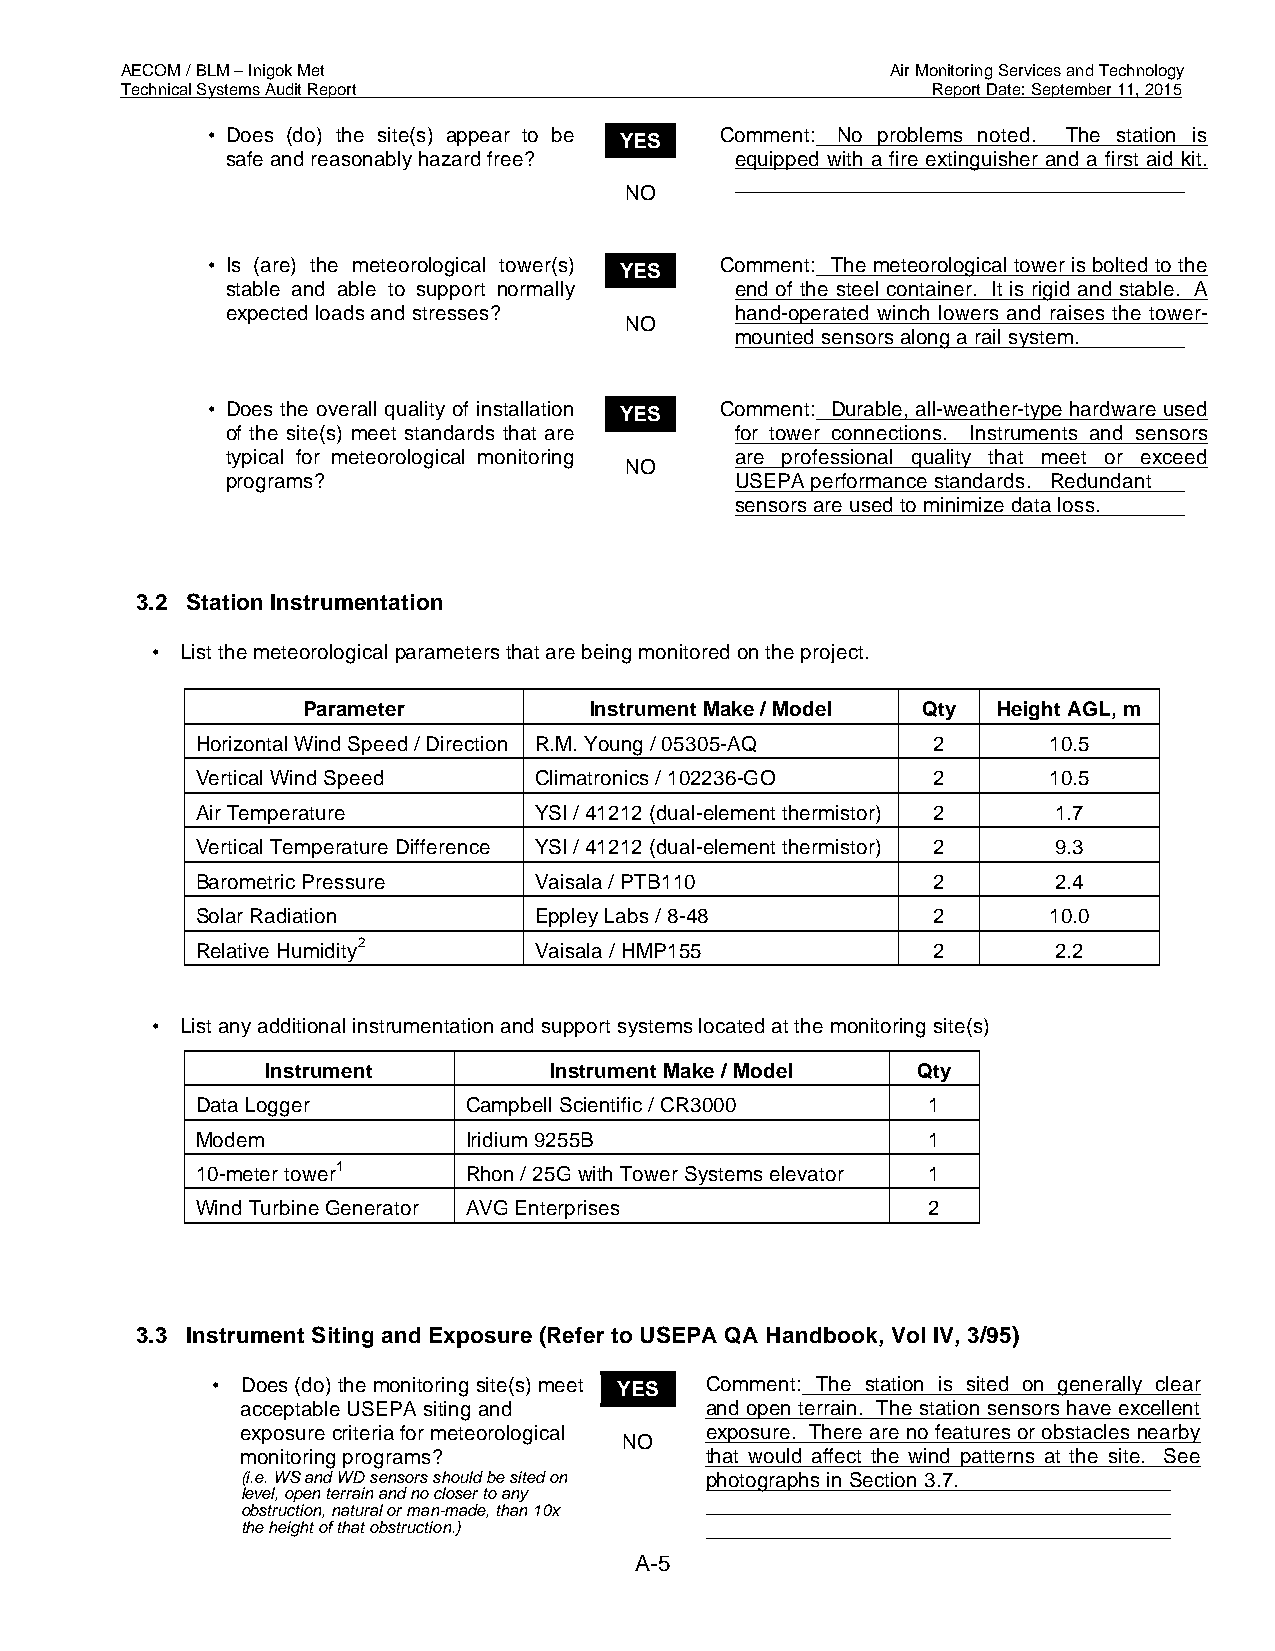
AECOM / BLM – Inigok Met                           Air Monitoring Services and Technology
 Technical Systems Audit Report                        Report Date: September 11, 2015
 • Does (do) the site(s) appear to be YES Comment: No problems noted. The station is
 safe and reasonably hazard free?  equipped with a fire extinguisher and a first aid kit.
 NO
 • Is (are) the meteorological tower(s) YES Comment: The meteorological tower is bolted to the
 stable and able to support normally end of the steel container. It is rigid and stable. A
 expected loads and stresses?      hand-operated winch lowers and raises the tower-
 NO
 mounted sensors along a rail system.
 • Does the overall quality of installation YES Comment: Durable, all-weather-type hardware used
 of the site(s) meet standards that are for tower connections. Instruments and sensors
 typical for meteorological monitoring are professional quality that meet or exceed
 NO
 programs?                         USEPA performance standards. Redundant
 sensors are used to minimize data loss.
 3.2 Station Instrumentation
 • List the meteorological parameters that are being monitored on the project.
 Parameter          Instrument Make / Model Qty Height AGL, m
 Horizontal Wind Speed / Direction R.M. Young / 05305-AQ 2 10.5
 Vertical Wind Speed   Climatronics / 102236-GO   2      10.5
 Air Temperature       YSI / 41212 (dual-element thermistor) 2 1.7
 Vertical Temperature Difference YSI / 41212 (dual-element thermistor) 2 9.3
 Barometric Pressure   Vaisala / PTB110           2       2.4
 Solar Radiation       Eppley Labs / 8-48         2      10.0
 Relative Humidity2    Vaisala / HMP155           2       2.2
 • List any additional instrumentation and support systems located at the monitoring site(s)
 Instrument        Instrument Make / Model  Qty
 Data Logger       Campbell Scientific / CR3000  1
 Modem             Iridium 9255B                 1
 10-meter tower1   Rhon / 25G with Tower Systems elevator 1
 Wind Turbine Generator AVG Enterprises          2
 3.3 Instrument Siting and Exposure (Refer to USEPA QA Handbook, Vol IV, 3/95)
 • Does (do) the monitoring site(s) meet YES Comment: The station is sited on generally clear
 acceptable USEPA siting and    and open terrain. The station sensors have excellent
 exposure criteria for meteorological exposure. There are no features or obstacles nearby
 NO
 monitoring programs?           that would affect the wind patterns at the site. See
 (i.e. WS and WD sensors should be sited on photographs in Section 3.7.
 level, open terrain and no closer to any
 obstruction, natural or man-made, than 10x
 the height of that obstruction.)
 A-5